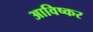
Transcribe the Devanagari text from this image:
आविष्कर